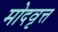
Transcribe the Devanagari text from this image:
मोदवृत्त